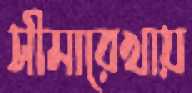
সীমারেখায়